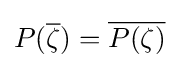
P({\overline {\zeta }})={\overline {P(\zeta )}}